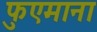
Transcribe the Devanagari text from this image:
फुएमाना